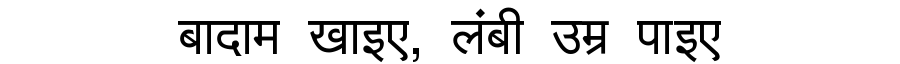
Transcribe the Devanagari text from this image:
बादाम खाइए, लंबी उम्र पाइए